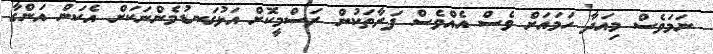
ނަމަވެސް މިއަދާ ހަމައަށް ވެސް އެއްވެސް ފަރާތަކުން ރަސްމީކޮށް އަޅުގަނޑުމެންނަކަށް އެކަން އަންގާ